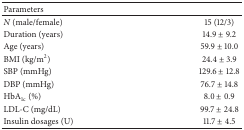
| Parameters |  |
 | --- | --- |
 | N (male/female) | 15 (12/3) |
 | Duration (years) | 14.9 ± 9.2 |
 | Age (years) | 59.9 ± 10.0 |
 | BMI (kg/m2) | 24.4 ± 3.9 |
 | SBP (mmHg) | 129.6 ± 12.8 |
 | DBP (mmHg) | 76.7 ± 14.8 |
 | HbA1c (%) | 8.0 ± 0.9 |
 | LDL-C (mg/dL) | 99.7 ± 24.8 |
 | Insulin dosages (U) | 11.7 ± 4.5 |